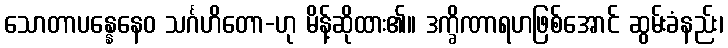
သောတာပန္နေနေဝ သင်္ဂဟိတော-ဟု မိန့်ဆိုထား၏။ ဒက္ခိဏာရဟဖြစ်အောင် ဆွမ်းခံနည်း၊